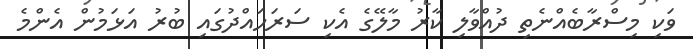
ވަކި މިސްރާބެއްނެތި ދުއްވާލި ކާރު މާލޭގެ އެކި ސަރަހައްދުގައި ބުރު އަޅަމުން އެންމެ